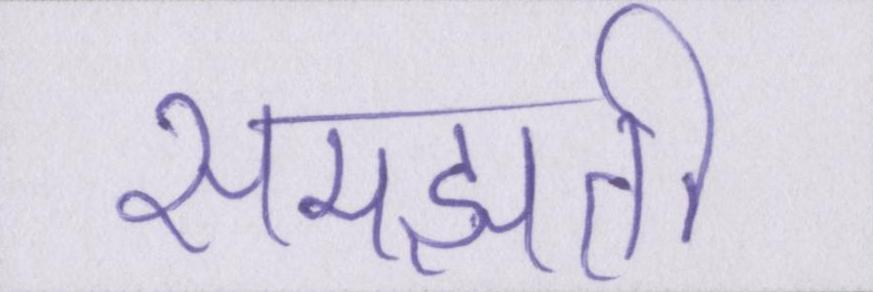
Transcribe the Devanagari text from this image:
समझती